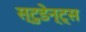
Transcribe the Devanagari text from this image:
स्टुडेन्ट्स